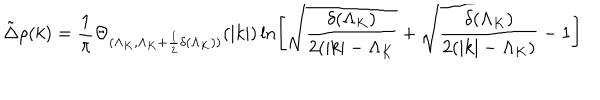
LaTeX: \tilde { \Delta } \rho ( k ) = \frac { 1 } { \pi } \Theta _ { ( \Lambda _ { K } , \Lambda _ { K } + \frac { 1 } { 2 } \delta ( \Lambda _ { K } ) ) } ( | k | ) \ln \left[ \sqrt { \frac { \delta ( \Lambda _ { K } ) } { 2 ( | k | - \Lambda _ { K } } } + \sqrt { \frac { \delta ( \Lambda _ { K } ) } { 2 ( | k | - \Lambda _ { K } ) } - 1 } \right]